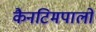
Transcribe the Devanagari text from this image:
कैनटिमपालो